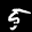
Label: 5